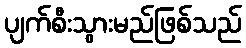
ပျက်စီးသွားမည်ဖြစ်သည်